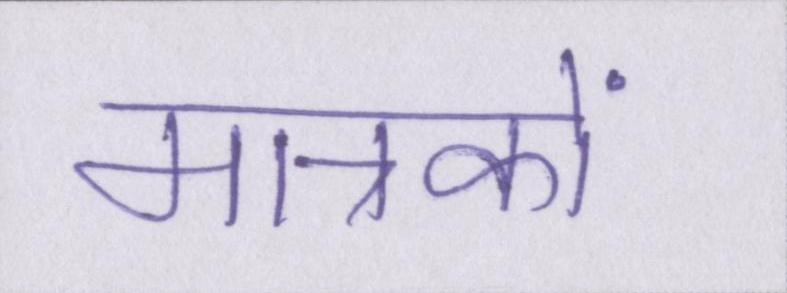
मात्रकों